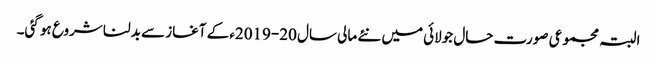
البتہ مجموعی صورت حال جولائی میں نئے مالی سال ‏2019-20ء‎ کے آغاز سے بدلنا شروع ہو گئی۔